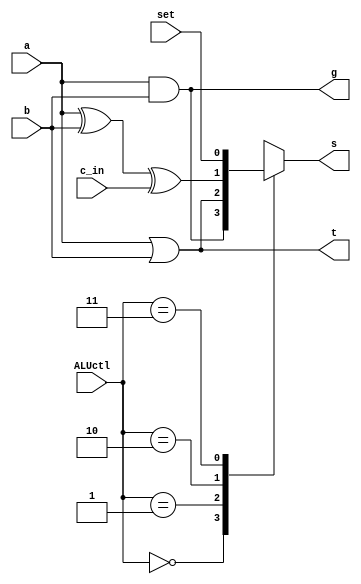
`timescale 1ns / 1ps
//////////////////////////////////////////////////////////////////////////////////
// Company: 
// Engineer: 
// 
// Design Name: 
// Module Name: CLA
// Project Name: 
// Target Devices: 
// Tool Versions: 
// Description: 
// 
// Dependencies: 
// 
// Revision:
// Revision 0.01 - File Created
// Additional Comments:
// 
//////////////////////////////////////////////////////////////////////////////////

(* DONT_TOUCH = "yes" *)module CLA(ALUctl,a,b,c_in,set,s,g,t);
    input a, b, c_in, set;
    input [1:0]ALUctl;
    output s, g, t;
    assign g=a & b;
    assign t=a | b;
    assign ss = a ^ b ^ c_in;
    function out;
        input [1:0]ALUctl;
        input g,t,ss,set;
            case(ALUctl)
                2'b00:out=g;
                2'b01:out=t;
                2'b10:out=ss;
                2'b11:out=set;
                default:out=0;
            endcase
    endfunction
   //assign c_out=(a&b)|(a&c_in)|((b&c_in));
   assign s=out(ALUctl,g,t,ss,set);
endmodule